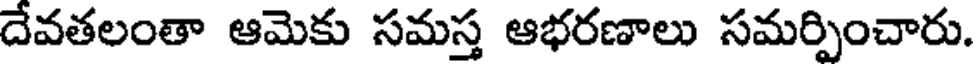
దేవతలంతా ఆమెకు సమస్త ఆభరణాలు సమర్పించారు.